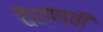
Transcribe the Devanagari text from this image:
वैश्ण्वी